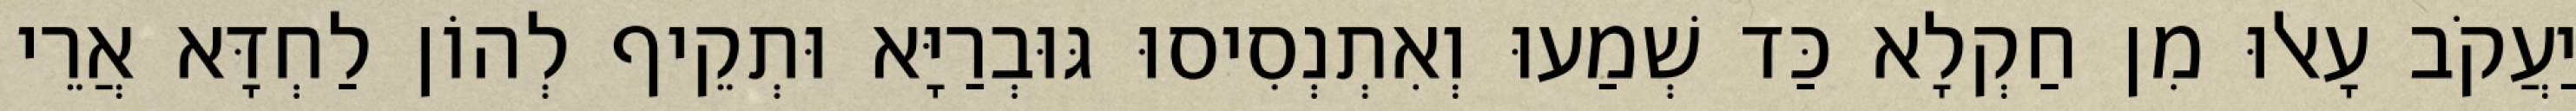
יַעֲקֹב עָאלוּ מִן חַקְלָא כַּד שְׁמַעוּ וְאִתְנְסִיסוּ גּוּבְרַיָּא וּתְקֵיף לְהוֹן לַחְדָּא אֲרֵי